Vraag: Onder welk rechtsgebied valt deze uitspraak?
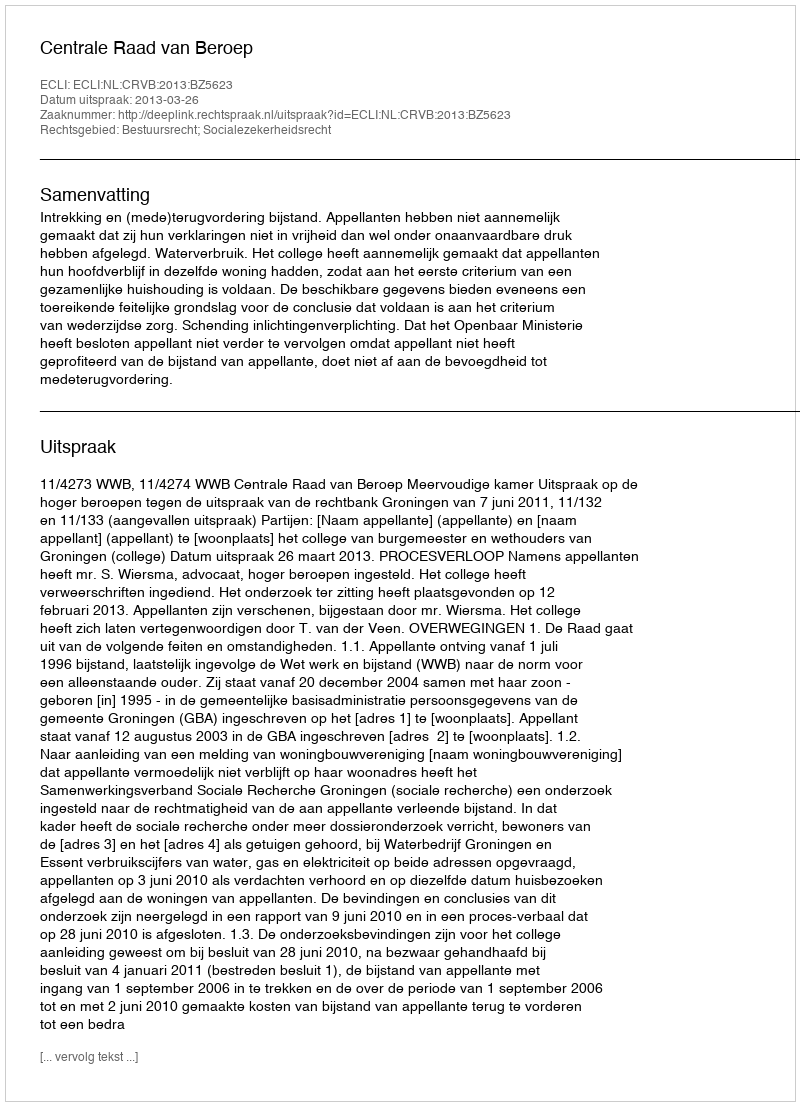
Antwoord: Bestuursrecht; Socialezekerheidsrecht